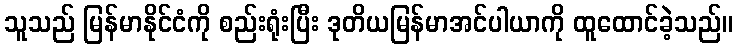
သူသည် မြန်မာနိုင်ငံကို စည်းရုံးပြီး ဒုတိယမြန်မာအင်ပါယာကို ထူထောင်ခဲ့သည်။